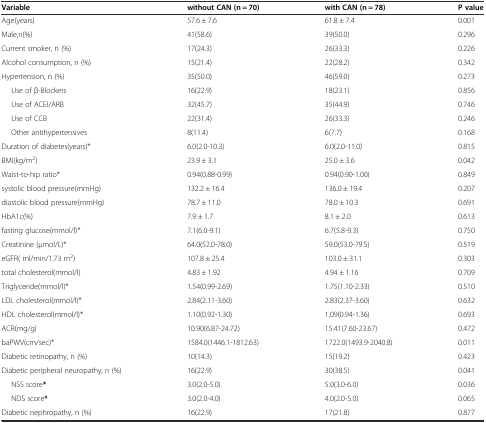
<table><thead><tr><td><b>Variable</b></td><td><b>without CAN (n = 70)</b></td><td><b>with CAN (n = 78)</b></td><td><b>P value</b></td></tr></thead><tbody><tr><td>Age(years)</td><td>57.6 ± 7.6</td><td>61.8 ± 7.4</td><td>0.001</td></tr><tr><td>Male,n(%)</td><td>41(58.6)</td><td>39(50.0)</td><td>0.296</td></tr><tr><td>Current smoker, n (%)</td><td>17(24.3)</td><td>26(33.3)</td><td>0.226</td></tr><tr><td>Alcohol consumption, n (%)</td><td>15(21.4)</td><td>22(28.2)</td><td>0.342</td></tr><tr><td>Hypertension, n (%)</td><td>35(50.0)</td><td>46(59.0)</td><td>0.273</td></tr><tr><td>Use of β-Blockers</td><td>16(22.9)</td><td>18(23.1)</td><td>0.856</td></tr><tr><td>Use of ACEI/ARB</td><td>32(45.7)</td><td>35(44.9)</td><td>0.746</td></tr><tr><td>Use of CCB</td><td>22(31.4)</td><td>26(33.3)</td><td>0.246</td></tr><tr><td>Other antihypertensives</td><td>8(11.4)</td><td>6(7.7)</td><td>0.168</td></tr><tr><td>Duration of diabetes(years)*</td><td>6.0(2.0-10.3)</td><td>6.0(2.0-11.0)</td><td>0.815</td></tr><tr><td>BMI(kg/m<sup>2</sup>)</td><td>23.9 ± 3.1</td><td>25.0 ± 3.6</td><td>0.042</td></tr><tr><td>Waist-to-hip ratio*</td><td>0.94(0.88-0.99)</td><td>0.94(0.90-1.00)</td><td>0.849</td></tr><tr><td>systolic blood pressure(mmHg)</td><td>132.2 ± 16.4</td><td>136.0 ± 19.4</td><td>0.207</td></tr><tr><td>diastolic blood pressure(mmHg)</td><td>78.7 ± 11.0</td><td>78.0 ± 10.3</td><td>0.691</td></tr><tr><td>HbA1c(%)</td><td>7.9 ± 1.7</td><td>8.1 ± 2.0</td><td>0.613</td></tr><tr><td>fasting glucose(mmol/l)*</td><td>7.1(6.0-9.1)</td><td>6.7(5.8-9.3)</td><td>0.750</td></tr><tr><td>Creatinine (μmol/L)*</td><td>64.0(52.0-78.0)</td><td>59.0(53.0-79.5)</td><td>0.519</td></tr><tr><td>eGFR( ml/min/1.73 m<sup>2</sup>)</td><td>107.8 ± 25.4</td><td>103.0 ± 31.1</td><td>0.303</td></tr><tr><td>total cholesterol(mmol/l)</td><td>4.83 ± 1.92</td><td>4.94 ± 1.16</td><td>0.709</td></tr><tr><td>Triglyceride(mmol/l)*</td><td>1.54(0.99-2.69)</td><td>1.75(1.10-2.33)</td><td>0.510</td></tr><tr><td>LDL cholesterol(mmol/l)*</td><td>2.84(2.11-3.60)</td><td>2.83(2.37-3.60)</td><td>0.632</td></tr><tr><td>HDL cholesterol(mmol/l)*</td><td>1.10(0.92-1.30)</td><td>1.09(0.94-1.36)</td><td>0.693</td></tr><tr><td>ACR(mg/g)</td><td>10.90(6.87-24.72)</td><td>15.41(7.60-23.67)</td><td>0.472</td></tr><tr><td>baPWV(cm/sec)*</td><td>1584.0(1446.1-1812.63)</td><td>1722.0(1493.9-2040.8)</td><td>0.011</td></tr><tr><td>Diabetic retinopathy, n (%)</td><td>10(14.3)</td><td>15(19.2)</td><td>0.423</td></tr><tr><td>Diabetic peripheral neuropathy, n (%)</td><td>16(22.9)</td><td>30(38.5)</td><td>0.041</td></tr><tr><td>NSS score<b>*</b></td><td>3.0(2.0-5.0)</td><td>5.0(3.0-6.0)</td><td>0.036</td></tr><tr><td>NDS score<b>*</b></td><td>3.0(2.0-4.0)</td><td>4.0(2.0-5.0)</td><td>0.065</td></tr><tr><td>Diabetic nephropathy, n (%)</td><td>16(22.9)</td><td>17(21.8)</td><td>0.877</td></tr></tbody></table>